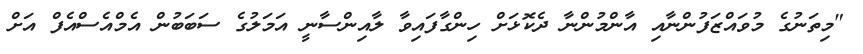
"މިތަނުގެ މުވައްޒަފުންނާއި އާންމުންނާ ދެކޮޅަށް ހިންގާފައިވާ ލާއިންސާނީ އަމަލުގެ ސަބަބުން އެމްއެސްއެފް އަށް